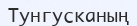
Тунгусканың